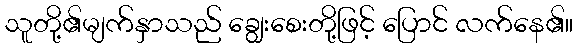
သူတို့၏မျက်နှာသည် ချွေးစေးတို့ဖြင့် ပြောင် လက်နေ၏။